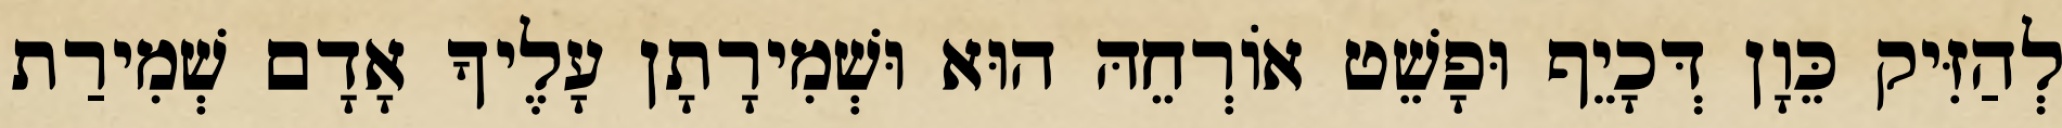
לְהַזִּיק כֵּוָן דְּכָיֵף וּפָשֵׁט אוֹרְחֵהּ הוּא וּשְׁמִירָתָן עָלֶיךָ אָדָם שְׁמִירַת